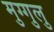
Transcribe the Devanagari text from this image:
मुग्गुलु